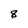
Character: 8